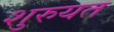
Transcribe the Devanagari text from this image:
शुरुयत